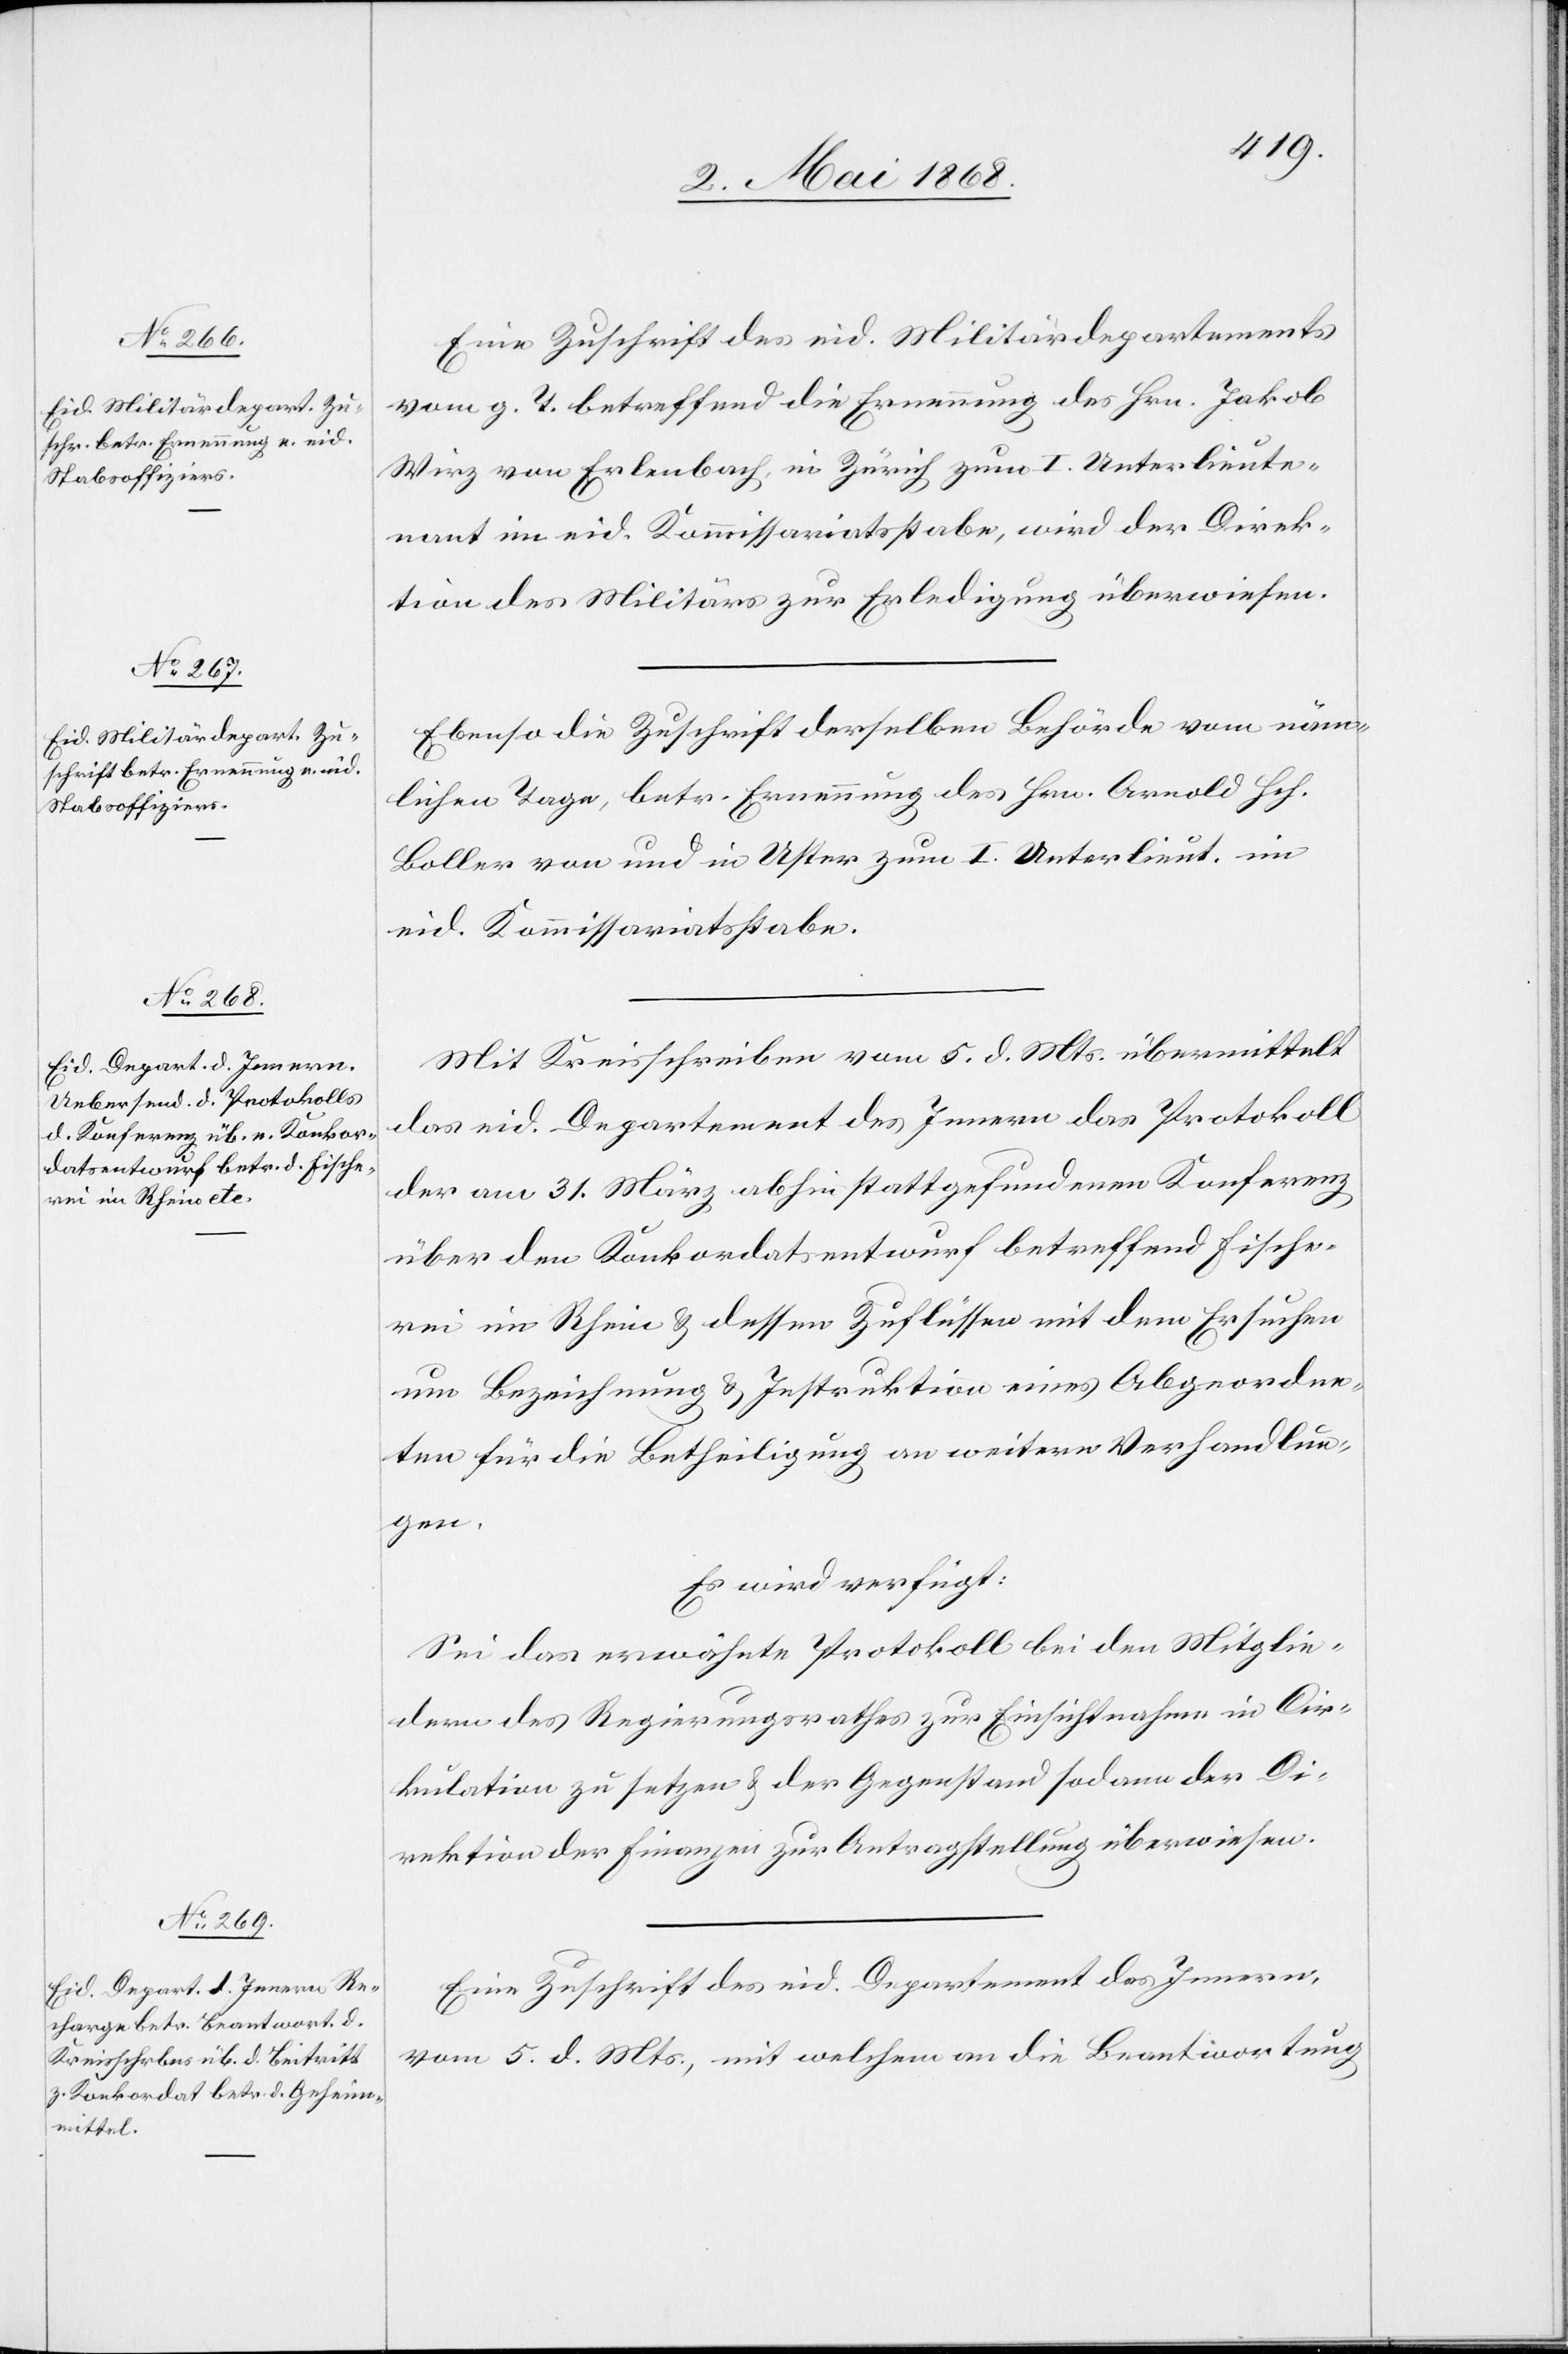
7. Mai 1868.]
Eine Zuschrift des eid. Militärdepartements
vom g. T. betreffend die Ernennung des Hrn. Jakob
Wirz von Erlenbach, in Zürich zum I. Unterlieute¬
nant im eid. Kommissariatsstabe, wird der Direk¬
tion des Militärs zur Erledigung überwiesen.
Ebenso die Zuschrift derselben Behörde vom näm¬
lichen Tage, betr. Ernennung des Hrn. Arnold Hch.
Boller von und in Uster zum I. Unterlieut. im
eid. Kommissariatsstabe.
Mit Kreisschreiben vom 5. d. Mts. übermittelt
das eid. Departement des Innern das Protokoll
der am 31. März abhin stattgefundenen Konferenz
über den Konkordatsentwurf betreffend Fische¬
rei im Rhein & dessen Zuflüssen mit dem Ersuchen
um Bezeichnung & Instruktion eines Abgeordne¬
ten für die Betheiligung an weitern Verhandlun¬
gen.
Es wird verfügt:
Sei das erwähnte Protokoll bei den Mitglie¬
dern des Regierungsrathes zur Einsichtnahme in Cir¬
kulation zu setzen & der Gegenstand sodann der Di¬
rektion der Finanzen zur Antragstellung überwiesen.
Eine Zuschrift des eid. Departement des Innern,
vom 5. d. Mts., mit welchem an die Beantwortung